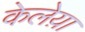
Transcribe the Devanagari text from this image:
केलेय़ा